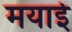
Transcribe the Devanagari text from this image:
मयाई